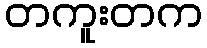
တကူးတက